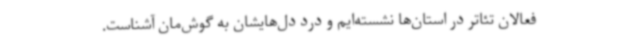
فعالان تئاتر در استان‌ها نشسته‌ایم و درد دل‌هایشان به گوش‌مان آشناست.